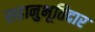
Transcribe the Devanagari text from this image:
सहानुभूतिदार